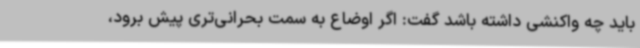
باید چه واکنشی داشته باشد گفت: اگر اوضاع به سمت بحرانی‌تری پیش برود،